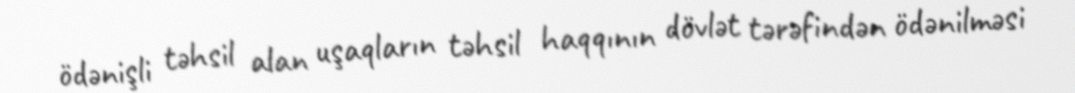
ödənişli təhsil alan uşaqların təhsil haqqının dövlət tərəfindən ödənilməsi